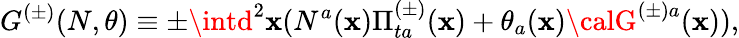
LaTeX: G^{(\pm)}(N,\theta)\equiv\pm\intd^{2}\mathbf{x}(N^{a}(\mathbf{x})\Pi_{ta}^{(\pm)}(\mathbf{x})+\theta_{a}(\mathbf{x}){\calG}^{(\pm)a}(\mathbf{x})),